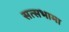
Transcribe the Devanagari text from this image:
सत्सभामा